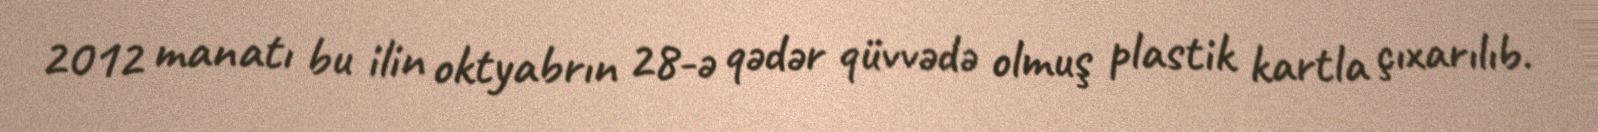
2012 manatı bu ilin oktyabrın 28-ə qədər qüvvədə olmuş plastik kartla çıxarılıb.